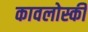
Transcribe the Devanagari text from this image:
कावलोस्की